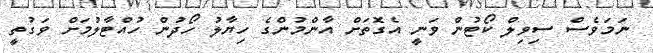
ނަމަވެސް ސިވިލް ކޯޓުން ވަނީ އެގޮތަށް އާންމުންގެ ހިޔާލު ހޯދުން ހުއްޓާލުމަށް ވަގުތީ